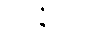
သဇ္ဇိတာ